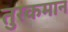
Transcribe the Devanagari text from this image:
तुरकमान